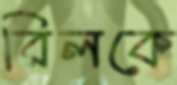
রিলকে